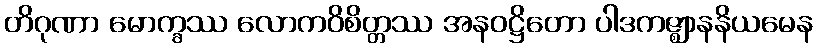
တိဂုဏာ မောက္ခဿ လောကဝိစိတ္တဿ အနဝဋ္ဌိတော ပါဒကဇ္ဈာနနိယမေန